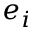
e _ { i }